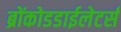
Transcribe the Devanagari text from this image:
ब्रोंकोडडाईलेटर्स